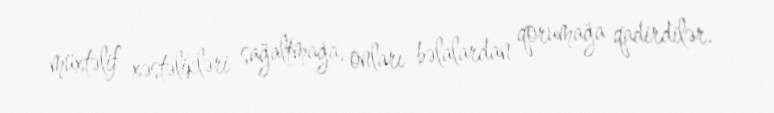
müxtəlif xəstəlikləri sağaltmağa, onları bəlalardan qorumağa qadirdilər.